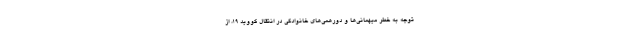
توجه به خطر میهمانی‌ها و دورهمی‌های خانوادگی در انتقال کووید ۱۹، از